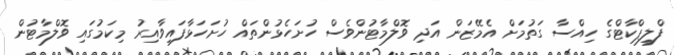
ފްލިޕްކާޓްގެ ހިއްސާ ގަތުމަށް އެމޭޒަން އަދި ވޮލްމާޓުންވެސް ހުށަހެޅުންތައް ހުށަހަޅާފައިވާއިރު މިކަމުގައި ވޮލްމާޓުން